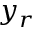
y _ { r }